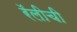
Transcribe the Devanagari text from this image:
रॅलीची